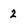
Character: 2